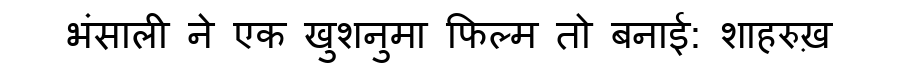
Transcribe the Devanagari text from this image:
भंसाली ने एक खुशनुमा फिल्म तो बनाई: शाहरुख़